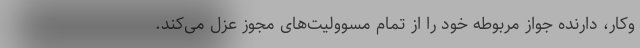
وکار، دارنده جواز مربوطه خود را از تمام مسوولیت‌های مجوز عزل می‌کند.